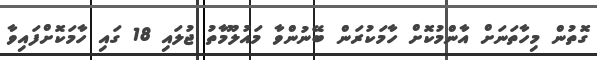
ގޮތުން މިހާތަނަށް އާންމުކޮށް ހާމަކުރަން ބޭނުންވާ މައުލޫމާތު ޖުލައި 18 ގައި ހާމަކޮށްފައިވާ